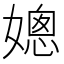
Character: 𡠴